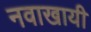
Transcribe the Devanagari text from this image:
नवाखायी